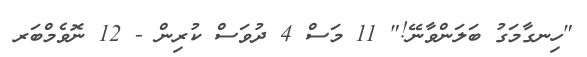
"ހިނގާމަގު ބަލަންވާނޭ!" 11 މަސް 4 ދުވަސް ކުރިން - 12 ނޮވެމްބަރ